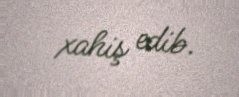
xahiş edib.